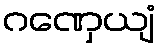
ဂဏှေယျံ